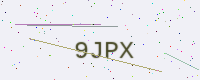
Text: 9JPX